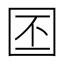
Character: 𪢩